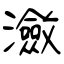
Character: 瀲